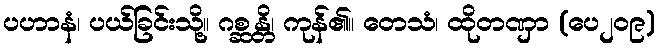
ပဟာနံ၊ ပယ်ခြင်းသို့။ ဂစ္ဆန္တိ၊ ကုန်၏။ တေသံ၊ ထိုတဏှာ (ပေ၂၀၉)